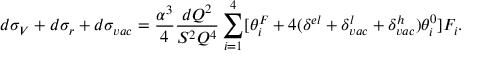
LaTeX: d \sigma _ { V } + d \sigma _ { r } + d \sigma _ { v a c } = \frac { \alpha ^ { 3 } } { 4 } \frac { d Q ^ { 2 } } { S ^ { 2 } Q ^ { 4 } } \sum _ { i = 1 } ^ { 4 } [ \theta _ { i } ^ { F } + 4 ( \delta ^ { e l } + \delta _ { v a c } ^ { l } + \delta _ { v a c } ^ { h } ) \theta _ { i } ^ { 0 } ] { \cal F } _ { i } .